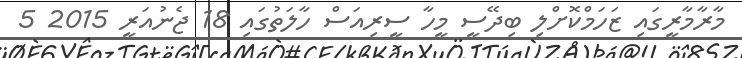
މާރާމާރީގައި ޒަހަމްކޮށްލި ބިދޭސީ މީހާ ސީރިއަސް ހާލަތުގައި 18 ޖެނުއަރީ 2015 5